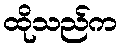
ထိုသည်က